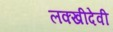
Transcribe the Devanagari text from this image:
लक्खीदेवी